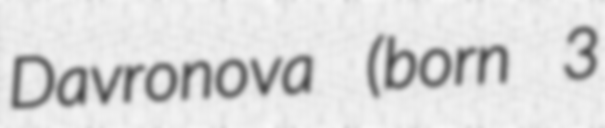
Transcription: Davronova (born 3